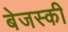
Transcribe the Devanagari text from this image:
बेजस्की